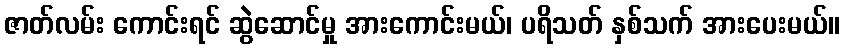
ဇာတ်လမ်း ကောင်းရင် ဆွဲဆောင်မှု အားကောင်းမယ်၊ ပရိသတ် နှစ်သက် အားပေးမယ်။